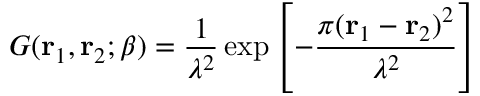
G ( { \bf r } _ { 1 } , { \bf r } _ { 2 } ; \beta ) = \frac { 1 } { \lambda ^ { 2 } } \exp \left[ - \frac { \pi ( { \bf r } _ { 1 } - { \bf r } _ { 2 } ) ^ { 2 } } { \lambda ^ { 2 } } \right]